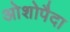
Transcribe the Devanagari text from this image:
ओशोपैदा